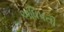
અધિપતી